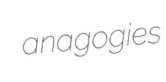
anagogies